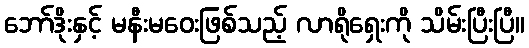
ဘော်ဒိုးနှင့် မနီးမဝေးဖြစ်သည့် လာရိုရှေးကို သိမ်းပြီးပြီ။